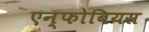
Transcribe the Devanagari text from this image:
एन्फोबियस